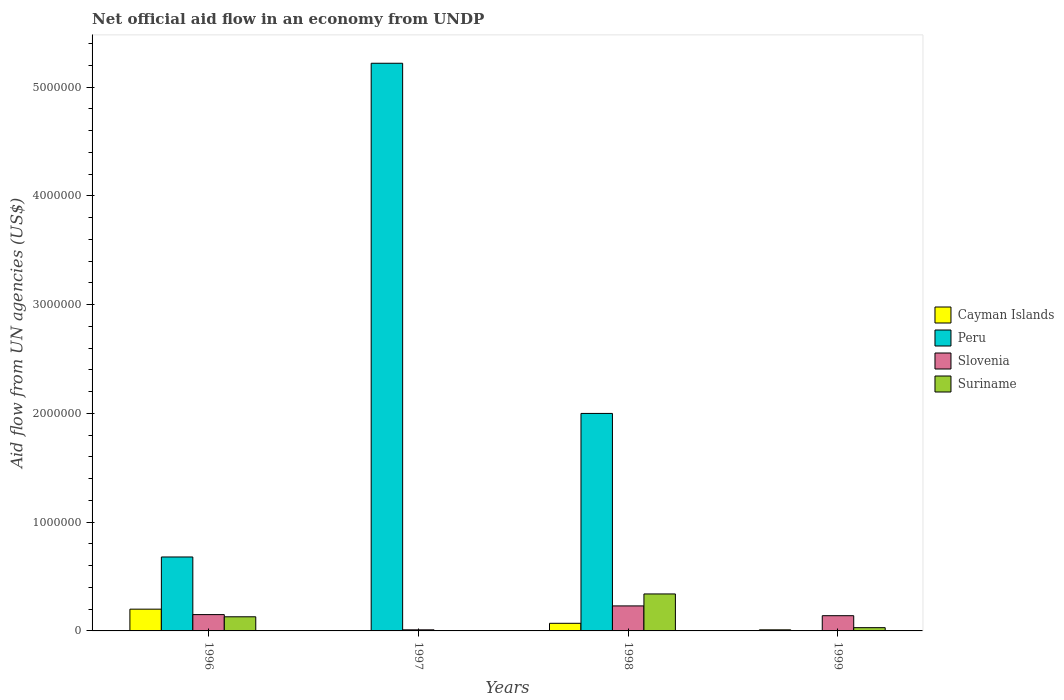
| Years | Cayman Islands | Peru | Slovenia | Suriname |
 | --- | --- | --- | --- | --- |
 | 1996 | 2e+05 | 6.8e+05 | 1.5e+05 | 1.3e+05 |
 | 1997 | -1.5e+05 | 5.22e+06 | 1e+04 | -2e+04 |
 | 1998 | 7e+04 | 2e+06 | 2.3e+05 | 3.4e+05 |
 | 1999 | 1e+04 | -3.81e+06 | 1.4e+05 | 3e+04 |